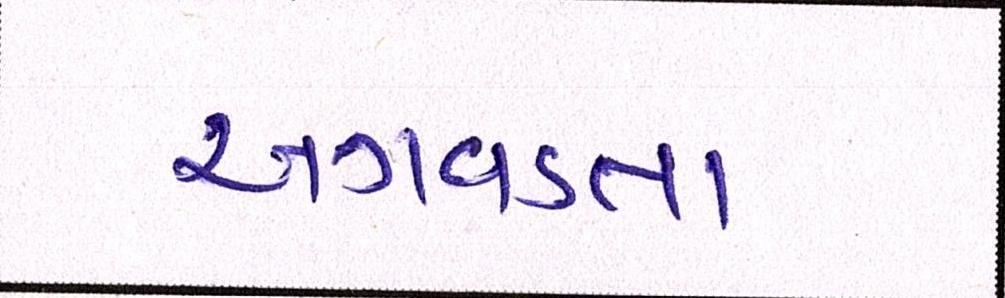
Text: અગવડતા